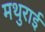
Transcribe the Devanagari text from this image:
मथुराई